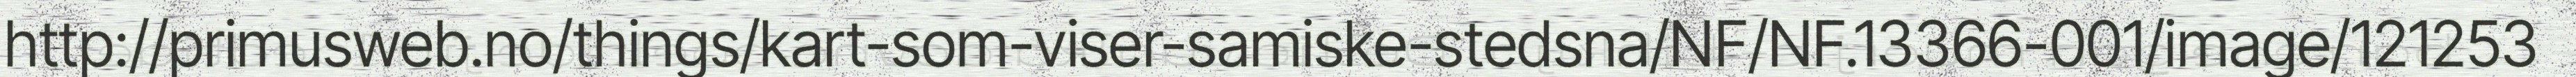
http://primusweb.no/things/kart-som-viser-samiske-stedsna/NF/NF.13366-001/image/121253